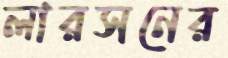
লারসনের